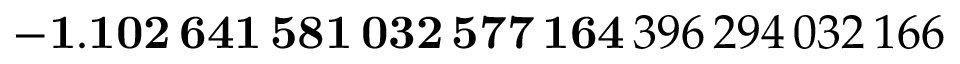
\mathbf { - 1 . 1 0 2 \, 6 4 1 \, 5 8 1 \, 0 3 2 \, 5 7 7 \, 1 6 4 } \, 3 9 6 \, 2 9 4 \, 0 3 2 \, 1 6 6